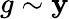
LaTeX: g\sim\mathbf{y}